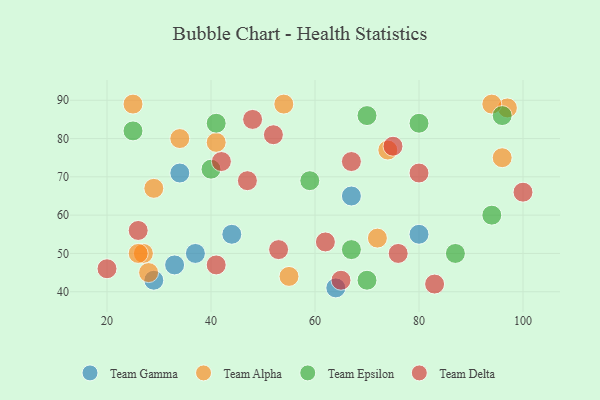
{"axis": {"x": "GDP", "y": "Life Expectancy"}, "legend": ["Team Alpha", "Team Delta", "Team Epsilon", "Team Gamma"], "data": [{"x": "67", "y": 65, "type": "Team Gamma"}, {"x": "44", "y": 55, "type": "Team Gamma"}, {"x": "29", "y": 43, "type": "Team Gamma"}, {"x": "34", "y": 71, "type": "Team Gamma"}, {"x": "80", "y": 55, "type": "Team Gamma"}, {"x": "33", "y": 47, "type": "Team Gamma"}, {"x": "64", "y": 41, "type": "Team Gamma"}, {"x": "37", "y": 50, "type": "Team Gamma"}, {"x": "25", "y": 89, "type": "Team Alpha"}, {"x": "74", "y": 77, "type": "Team Alpha"}, {"x": "34", "y": 80, "type": "Team Alpha"}, {"x": "29", "y": 67, "type": "Team Alpha"}, {"x": "96", "y": 75, "type": "Team Alpha"}, {"x": "54", "y": 89, "type": "Team Alpha"}, {"x": "97", "y": 88, "type": "Team Alpha"}, {"x": "41", "y": 79, "type": "Team Alpha"}, {"x": "72", "y": 54, "type": "Team Alpha"}, {"x": "27", "y": 50, "type": "Team Alpha"}, {"x": "55", "y": 44, "type": "Team Alpha"}, {"x": "26", "y": 50, "type": "Team Alpha"}, {"x": "28", "y": 45, "type": "Team Alpha"}, {"x": "94", "y": 89, "type": "Team Alpha"}, {"x": "40", "y": 72, "type": "Team Epsilon"}, {"x": "41", "y": 84, "type": "Team Epsilon"}, {"x": "67", "y": 51, "type": "Team Epsilon"}, {"x": "96", "y": 86, "type": "Team Epsilon"}, {"x": "87", "y": 50, "type": "Team Epsilon"}, {"x": "25", "y": 82, "type": "Team Epsilon"}, {"x": "59", "y": 69, "type": "Team Epsilon"}, {"x": "70", "y": 43, "type": "Team Epsilon"}, {"x": "80", "y": 84, "type": "Team Epsilon"}, {"x": "94", "y": 60, "type": "Team Epsilon"}, {"x": "70", "y": 86, "type": "Team Epsilon"}, {"x": "62", "y": 53, "type": "Team Delta"}, {"x": "20", "y": 46, "type": "Team Delta"}, {"x": "67", "y": 74, "type": "Team Delta"}, {"x": "52", "y": 81, "type": "Team Delta"}, {"x": "76", "y": 50, "type": "Team Delta"}, {"x": "42", "y": 74, "type": "Team Delta"}, {"x": "47", "y": 69, "type": "Team Delta"}, {"x": "100", "y": 66, "type": "Team Delta"}, {"x": "26", "y": 56, "type": "Team Delta"}, {"x": "75", "y": 78, "type": "Team Delta"}, {"x": "83", "y": 42, "type": "Team Delta"}, {"x": "41", "y": 47, "type": "Team Delta"}, {"x": "53", "y": 51, "type": "Team Delta"}, {"x": "65", "y": 43, "type": "Team Delta"}, {"x": "80", "y": 71, "type": "Team Delta"}, {"x": "48", "y": 85, "type": "Team Delta"}]}